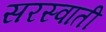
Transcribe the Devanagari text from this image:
सरस्वाती